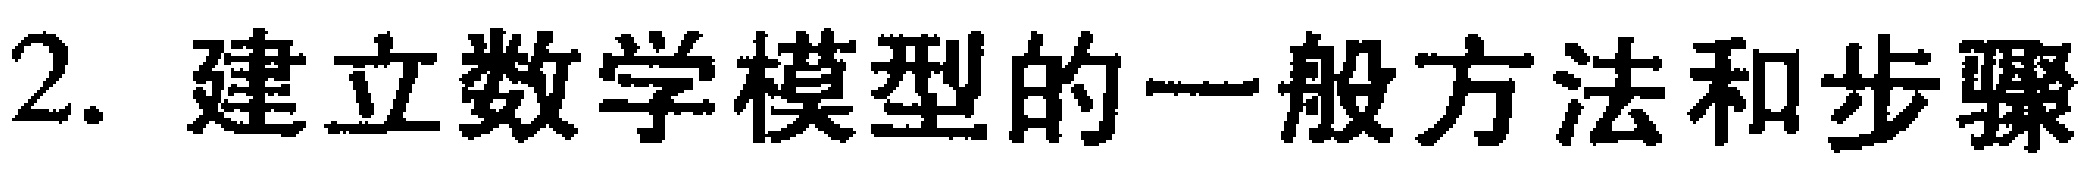
2. 建立数学模型的一般方法和步骤